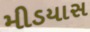
મીડયાસ